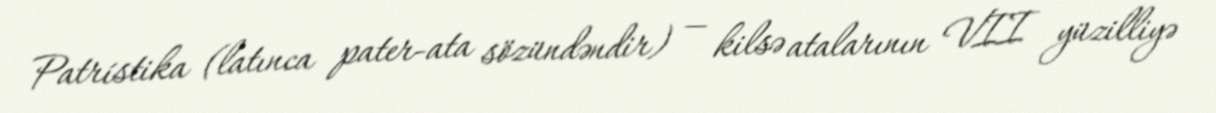
Patrístika (latınca pater-ata sözündəndir) — kilsə atalarının VII yüzilliyə